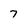
Character: 7